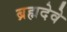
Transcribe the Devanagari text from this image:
ब्रह्मदेवे